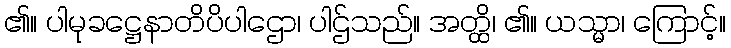
၏။ ပါမုခဋ္ဌေနာတိပိပါဌော၊ ပါဌ်သည်။ အတ္ထိ၊ ၏။ ယသ္မာ၊ ကြောင့်။